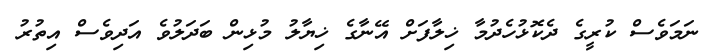
ނަމަވެސް ކުރީގެ ދެކޮޅުހެދުމާ ޚިލާފަށް އޭނާގެ ޚިޔާލު މުޅިން ބަދަލުވެ އަދިވެސް އިތުރު